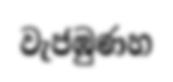
වැජඹුණහ